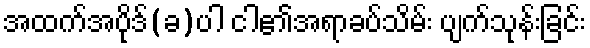
အထက်အပိုဒ်(ခ)ပါ ငါ၏အရာခပ်သိမ်း ပျက်သုန်းခြင်း